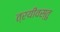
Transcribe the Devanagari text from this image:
त्रयीवस्तु